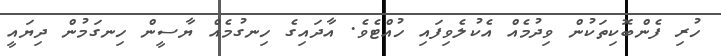
ހުރި ފެންބޮކިތަކުން ވިދުމެއް އެކުލެވިފައި ހުއްޓެވެ. އާދައިގެ ހިނގުމެއް ޔާސީން ހިނގަމުން ދިޔައީ